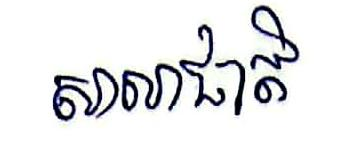
សាលាជាតិ